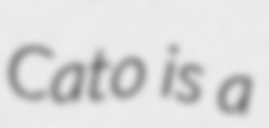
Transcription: Cato is a